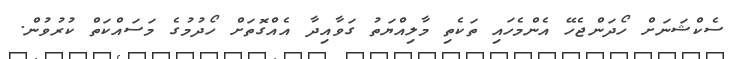
ސެކްޝަނަށް ހޯދަންޖެހޭ އެންމެހައި ތަކެތި މާލިއްޔަތު ގަވާއިދާ އެއްގޮތަށް ހޯދުމުގެ މަސައްކަތް ކުރުވުން.